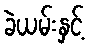
ခဲယမ်းနှင့်